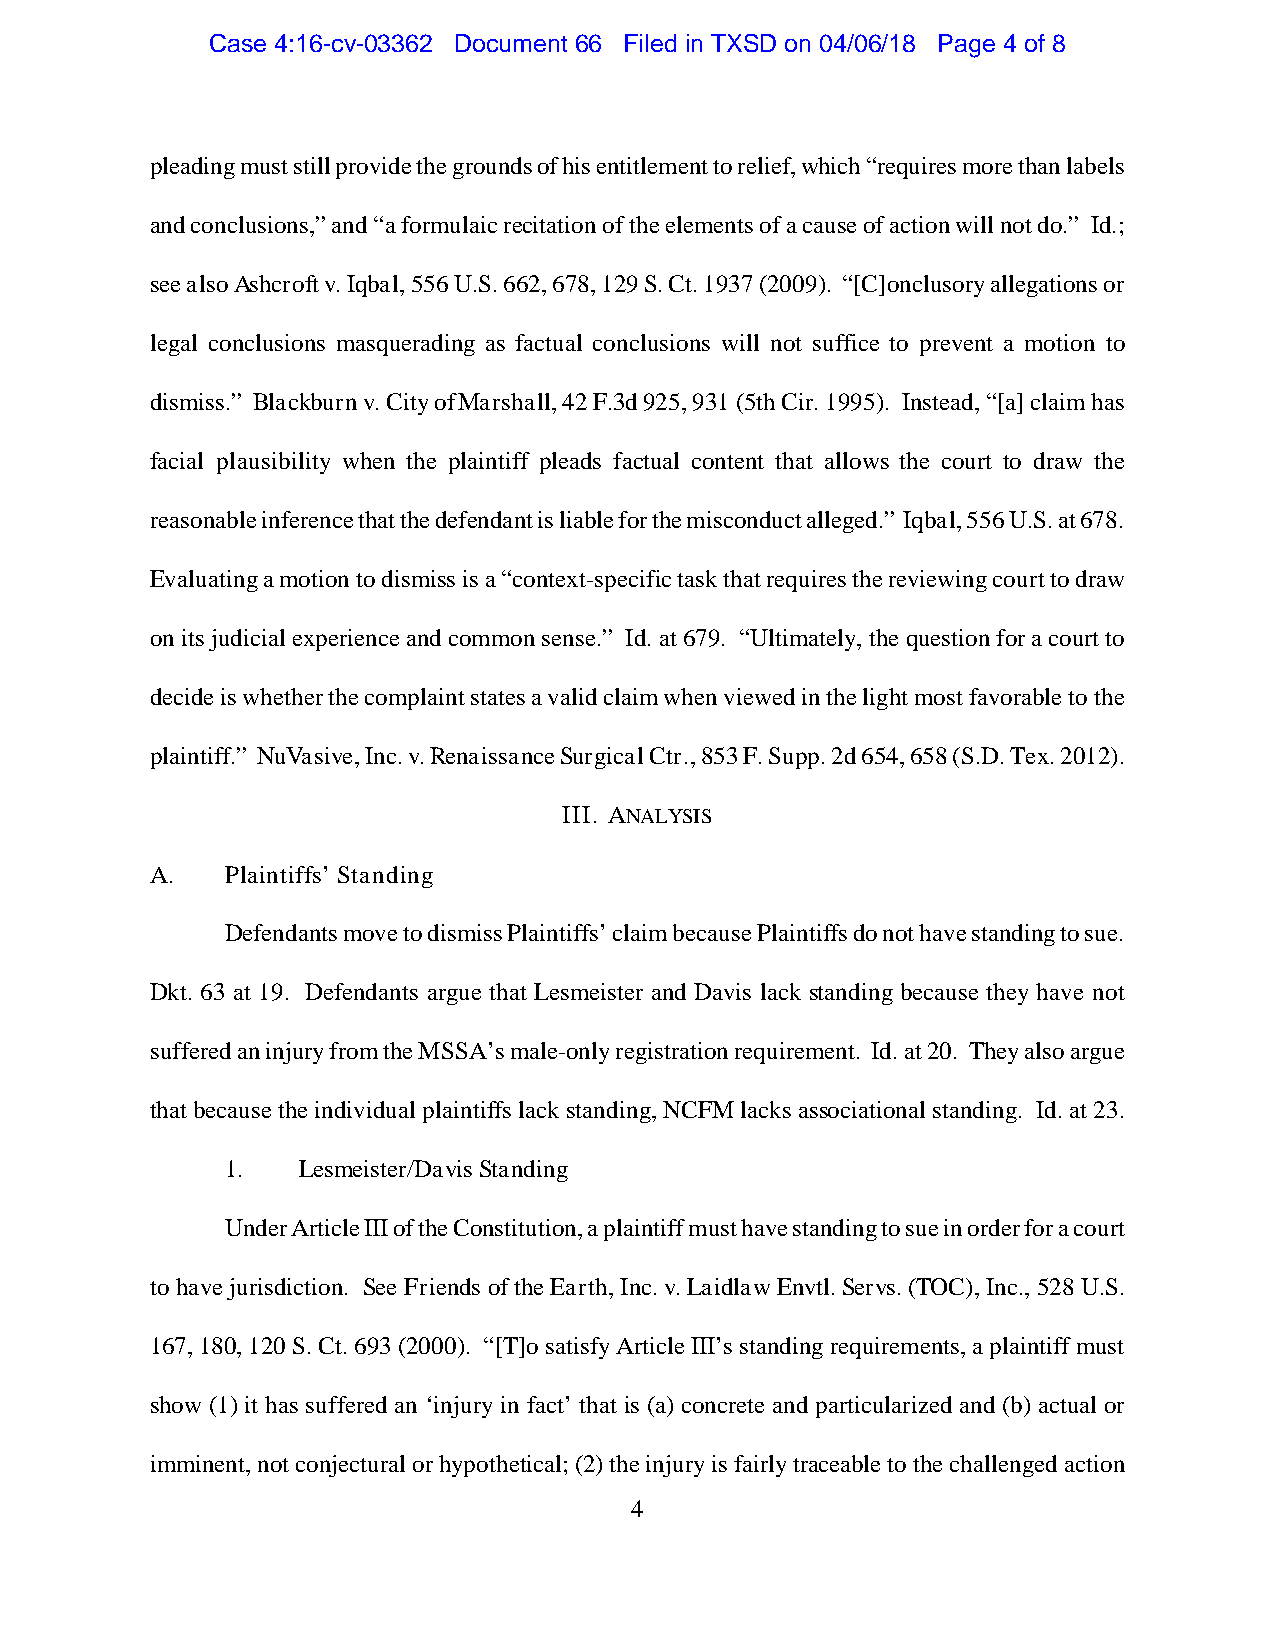
Case 4:16-cv-03362 Document 66 Filed in TXSD on 04/06/18 Page 4 of 8
 pleading must still provide the grounds of his entitlement to relief, which “requires more than labels
 and conclusions,” and “a formulaic recitation of the elements of a cause of action will not do.” Id.;
 see also Ashcroft v. Iqbal, 556 U.S. 662, 678, 129 S. Ct. 1937 (2009). “[C]onclusory allegations or
 legal conclusions masquerading as factual conclusions will not suffice to prevent a motion to
 dismiss.” Blackburn v. City of Marshall, 42 F.3d 925, 931 (5th Cir. 1995). Instead, “[a] claim has
 facial plausibility when the plaintiff pleads factual content that allows the court to draw the
 reasonable inference that the defendant is liable for the misconduct alleged.” Iqbal, 556 U.S. at 678.
 Evaluating a motion to dismiss is a “context-specific task that requires the reviewing court to draw
 on its judicial experience and common sense.” Id. at 679. “Ultimately, the question for a court to
 decide is whether the complaint states a valid claim when viewed in the light most favorable to the
 plaintiff.” NuVasive, Inc. v. Renaissance Surgical Ctr., 853 F. Supp. 2d 654, 658 (S.D. Tex. 2012).
 III. ANALYSIS
 A.   Plaintiffs’ Standing
 Defendants move to dismiss Plaintiffs’ claim because Plaintiffs do not have standing to sue.
 Dkt. 63 at 19. Defendants argue that Lesmeister and Davis lack standing because they have not
 suffered an injury from the MSSA’s male-only registration requirement. Id. at 20. They also argue
 that because the individual plaintiffs lack standing, NCFM lacks associational standing. Id. at 23.
 1.   Lesmeister/Davis Standing
 Under Article III of the Constitution, a plaintiff must have standing to sue in order for a court
 to have jurisdiction. See Friends of the Earth, Inc. v. Laidlaw Envtl. Servs. (TOC), Inc., 528 U.S.
 167, 180, 120 S. Ct. 693 (2000). “[T]o satisfy Article III’s standing requirements, a plaintiff must
 show (1) it has suffered an ‘injury in fact’ that is (a) concrete and particularized and (b) actual or
 imminent, not conjectural or hypothetical; (2) the injury is fairly traceable to the challenged action
 4